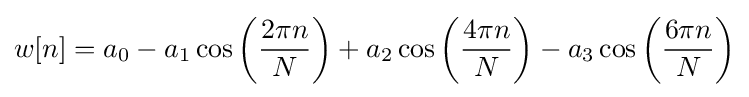
w[n]=a_{0}-a_{1}\cos \left({\frac {2\pi n}{N}}\right)+a_{2}\cos \left({\frac {4\pi n}{N}}\right)-a_{3}\cos \left({\frac {6\pi n}{N}}\right)